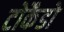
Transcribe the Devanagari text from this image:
टोकैडो